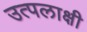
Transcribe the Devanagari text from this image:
उत्पलाक्षी